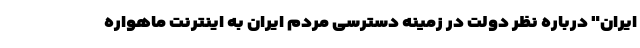
ایران" درباره نظر دولت در زمینه دسترسی مردم ایران به اینترنت ماهواره